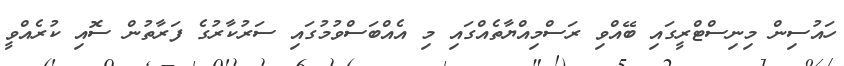
ހައުސިން މިނިސްޓްރީގައި ބޭއްވި ރަސްމިއްޔާތެއްގައި މި އެއްބަސްވުމުގައި ސަރުކާރުގެ ފަރާތުން ސޮއި ކުރެއްވީ